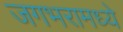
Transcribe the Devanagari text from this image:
जगभरामध्ये